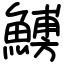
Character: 𩺹